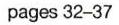
pages 32-37